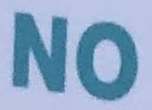
NO